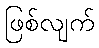
ဖြစ်လျက်